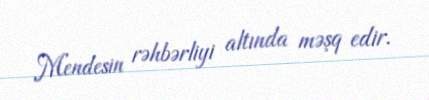
Mendesin rəhbərliyi altında məşq edir.